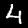
Label: 4